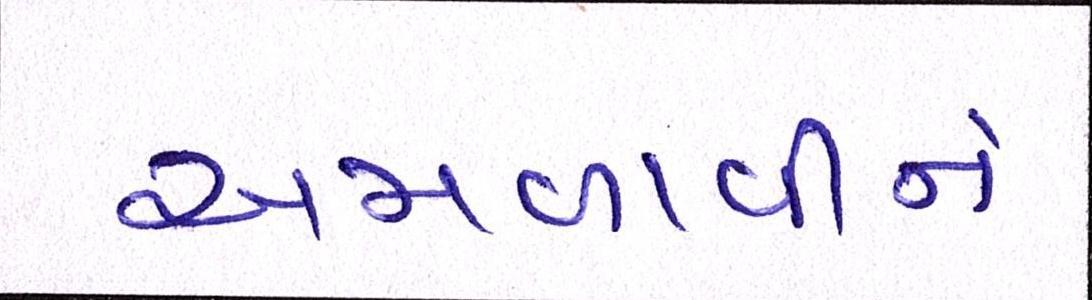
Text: અમળાવીને